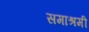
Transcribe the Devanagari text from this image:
समाश्रमी